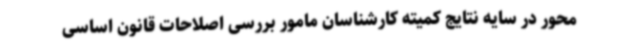
محور در سایه نتایج کمیته کارشناسان مامور بررسی اصلاحات قانون اساسی